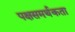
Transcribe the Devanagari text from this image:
पक्षसमर्थकता